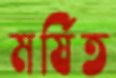
মর্ষিত